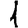
Digit: 1